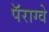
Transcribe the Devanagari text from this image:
पॅराग्वे